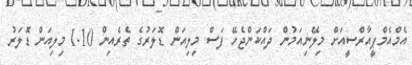
އެމްއެމްޕީއާރްސީއަށް މިލޭނިއަމުން ދައްކަންޖެހޭ ފަސް މިލިއަން ޑޮލަރުގެ ތެރެއިން 1.10 މިލިއަން ޑޮލަރު